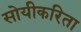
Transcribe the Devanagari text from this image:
सोयीकरिता